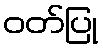
ဝတ်ပြု